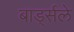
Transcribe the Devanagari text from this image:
बार्ड्सले